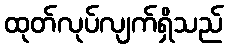
ထုတ်လုပ်လျက်ရှိသည်